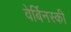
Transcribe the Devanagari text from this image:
वेर्बिनस्की